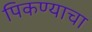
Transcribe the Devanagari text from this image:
पिकण्याचा